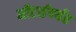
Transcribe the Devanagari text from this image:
मीटर्सपर्यंत